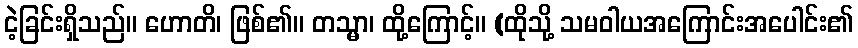
ငဲ့ခြင်းရှိသည်။ ဟောတိ၊ ဖြစ်၏။ တသ္မာ၊ ထို့ကြောင့်။ (ထိုသို့ သမဝါယအကြောင်းအပေါင်း၏